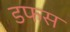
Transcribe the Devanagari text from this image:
डफस